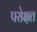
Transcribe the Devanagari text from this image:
परोक्षत